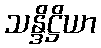
သန္ဒိဋ္ဌိယာ